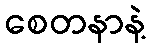
စေတနာနဲ့